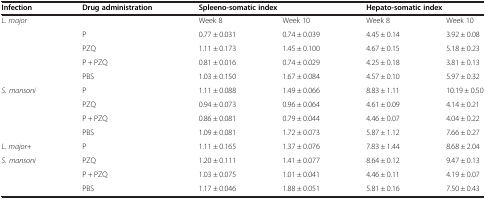
<table><thead><tr><td><b>Infection</b></td><td><b>Drug administration</b></td><td colspan="2"><b>Spleeno-somatic index</b></td><td colspan="2"><b>Hepato-somatic index</b></td></tr></thead><tbody><tr><td><i>L. major</i></td><td> </td><td>Week 8</td><td>Week 10</td><td>Week 8</td><td>Week 10</td></tr><tr><td> </td><td>P</td><td>0.77 ± 0.031</td><td>0.74 ± 0.039</td><td>4.45 ± 0.14</td><td>3.92 ± 0.08</td></tr><tr><td> </td><td>PZQ</td><td>1.11 ± 0.173</td><td>1.45 ± 0.100</td><td>4.67 ± 0.15</td><td>5.18 ± 0.23</td></tr><tr><td> </td><td>P + PZQ</td><td>0.81 ± 0.016</td><td>0.74 ± 0.029</td><td>4.25 ± 0.18</td><td>3.81 ± 0.13</td></tr><tr><td> </td><td>PBS</td><td>1.03 ± 0.150</td><td>1.67 ± 0.084</td><td>4.57 ± 0.10</td><td>5.97 ± 0.32</td></tr><tr><td><i>S. mansoni</i></td><td>P</td><td>1.11 ± 0.088</td><td>1.49 ± 0.066</td><td>8.83 ± 1.11</td><td>10.19 ± 0.50</td></tr><tr><td> </td><td>PZQ</td><td>0.94 ± 0.073</td><td>0.96 ± 0.064</td><td>4.61 ± 0.09</td><td>4.14 ± 0.21</td></tr><tr><td> </td><td>P + PZQ</td><td>0.86 ± 0.081</td><td>0.79 ± 0.044</td><td>4.46 ± 0.07</td><td>4.04 ± 0.22</td></tr><tr><td> </td><td>PBS</td><td>1.09 ± 0.081</td><td>1.72 ± 0.073</td><td>5.87 ± 1.12</td><td>7.66 ± 0.27</td></tr><tr><td><i>L. major</i>+</td><td>P</td><td>1.11 ± 0.165</td><td>1.37 ± 0.076</td><td>7.83 ± 1.44</td><td>8.68 ± 2.04</td></tr><tr><td><i>S. mansoni</i></td><td>PZQ</td><td>1.20 ± 0.111</td><td>1.41 ± 0.077</td><td>8.64 ± 0.12</td><td>9.47 ± 0.13</td></tr><tr><td> </td><td>P + PZQ</td><td>1.03 ± 0.075</td><td>1.01 ± 0.041</td><td>4.46 ± 0.11</td><td>4.19 ± 0.07</td></tr><tr><td> </td><td>PBS</td><td>1.17 ± 0.046</td><td>1.88 ± 0.051</td><td>5.81 ± 0.16</td><td>7.50 ± 0.43</td></tr></tbody></table>